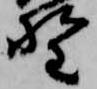
野